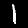
Digit: 1